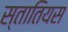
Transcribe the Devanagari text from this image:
स्तातियस